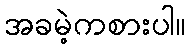
အခမဲ့ကစားပါ။